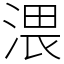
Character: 渨